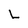
Character: L